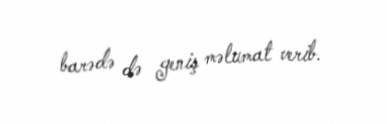
barədə də geniş məlumat verib.